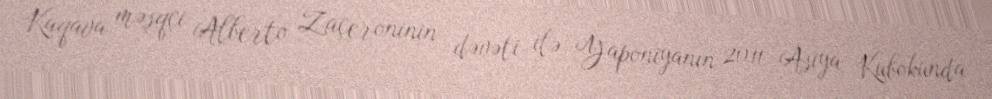
Kaqava məşqçi Alberto Zaçeroninin dəvəti ilə Yaponiyanın 2011 Asiya Kubokunda